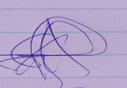
Signature authenticity: genuine